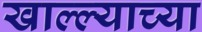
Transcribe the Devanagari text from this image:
खाल्ल्याच्या